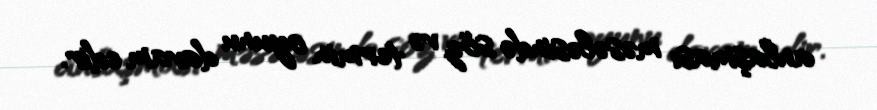
anlaşması məsələsində söz və termin oyunu davam edir.